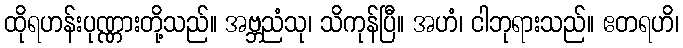
ထိုရဟန်းပုဏ္ဏားတို့သည်။ အဗ္ဘညံသု၊ သိကုန်ပြီ။ အဟံ၊ ငါဘုရားသည်။ ဧတရဟိ၊